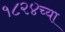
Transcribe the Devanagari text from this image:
१८२४च्या